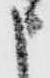
申